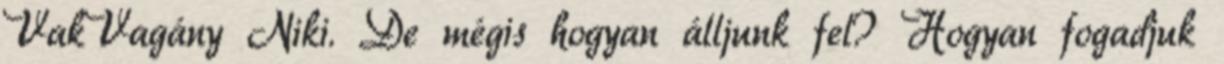
VakVagány Niki. De mégis hogyan álljunk fel? Hogyan fogadjuk